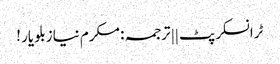
ٹرانسکرپٹ || ترجمہ : مکرم نیازبلو یار !